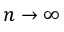
n \to \infty